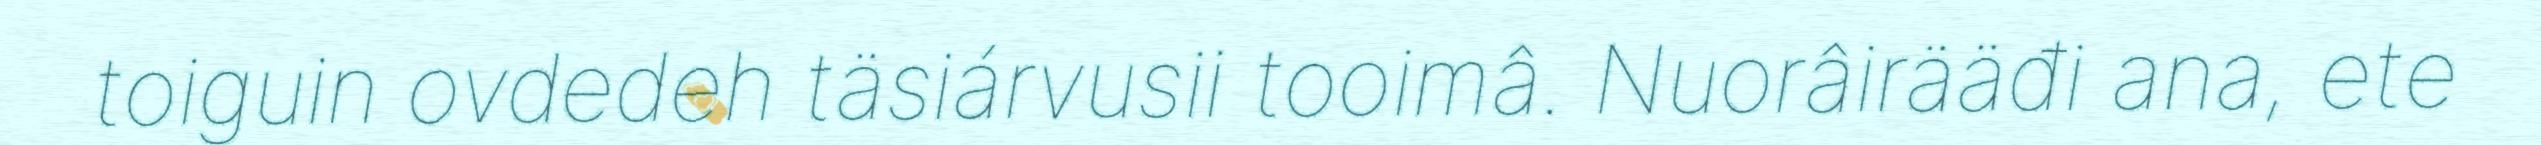
toiguin ovdedeh täsiárvusii tooimâ. Nuorâirääđi ana, ete